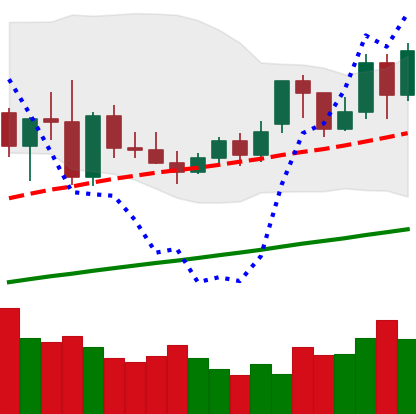
Ticker: XMR-USD
Chart end date: 2020-11-23
Forward return: -6.071%
Label: down_5_7